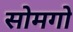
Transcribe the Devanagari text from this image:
सोमगो